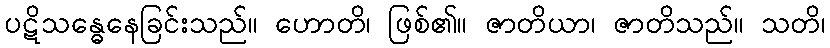
ပဋိသန္ဓေနေခြင်းသည်။ ဟောတိ၊ ဖြစ်၏။ ဇာတိယာ၊ ဇာတိသည်။ သတိ၊